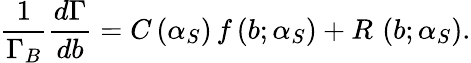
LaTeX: \frac{1}{\Gamma_{B}}\frac{d\Gamma}{db}=C\left(\alpha_{S}\right)\, f\left(b;\alpha_{S}\right)+R\, \left(b;\alpha_{S}\right).